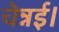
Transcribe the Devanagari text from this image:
चेन्नई।